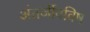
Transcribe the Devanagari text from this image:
अंतर्जीवविष